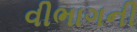
વીભાગની